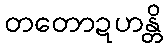
တတောဍဟန္တိ